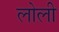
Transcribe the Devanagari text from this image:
लोली